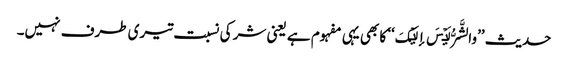
حدیث ’’والشَّرُّ لَیۡسَ إلَیۡکَ‘‘ کا بھی یہی مفہوم ہے یعنی شر کی نسبت تیری طرف نہیں۔